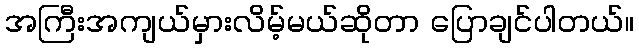
အကြီးအကျယ်မှားလိမ့်မယ်ဆိုတာ ပြောချင်ပါတယ်။